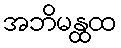
အဘိမန္ထထ